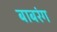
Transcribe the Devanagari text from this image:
बाबरंग